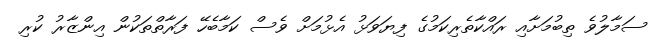
ސަމާލުވެ ތިބުމަށާއި ރައްކާތެރިކަމުގެ ފިޔަވަޅު އެޅުމަށް ވެސް ކަމާބެހޭ ފަރާތްތަކުން އިންޒާރު ކުރި